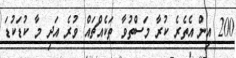
200 އިން އެތެރެ ކުރާ މަސްތުވާ ތަކެއްޗައް ވުރެ އަދި މާ ކުޑަކުޑަ